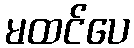
မထင်ပေ